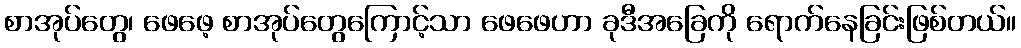
စာအုပ်တွေ၊ ဖေဖေ့ စာအုပ်တွေကြောင့်သာ ဖေဖေဟာ ခုဒီအခြေကို ရောက်နေခြင်းဖြစ်တယ်။